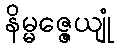
နိမ္မဇ္ဇေယျုံ